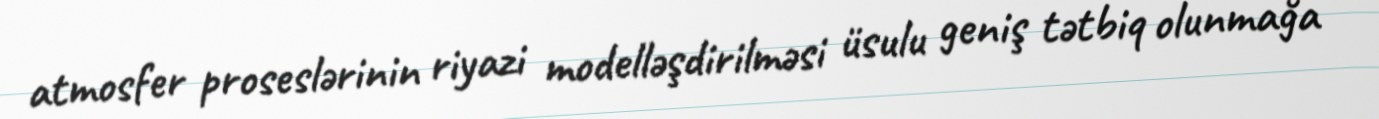
atmosfer proseslərinin riyazi modelləşdirilməsi üsulu geniş tətbiq olunmağa